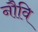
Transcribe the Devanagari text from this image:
नौवि